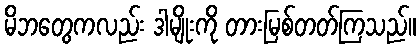
မိဘတွေကလည်း ဒါမျိုးကို တားမြစ်တတ်ကြသည်။